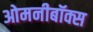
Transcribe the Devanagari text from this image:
ओमनीबॉक्स